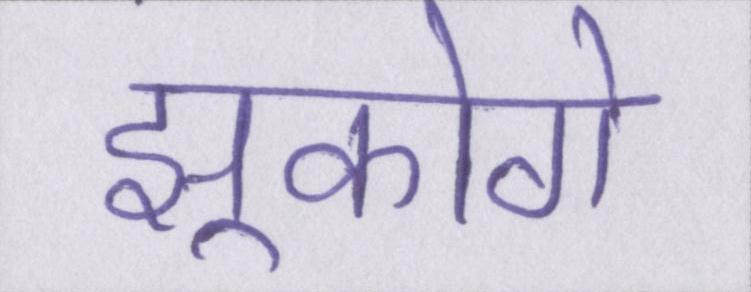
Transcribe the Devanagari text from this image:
झुकोगे